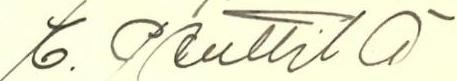
E. Penttilä